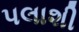
પલાશી